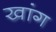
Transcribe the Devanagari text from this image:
खांग